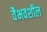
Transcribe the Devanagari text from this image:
वैभवशील